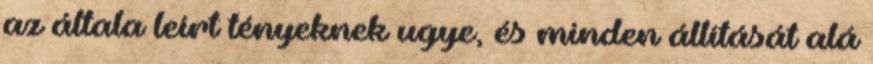
az általa leírt tényeknek ugye, és minden állítását alá